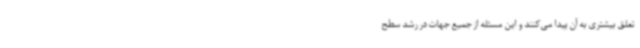
تعلق بیشتری به آن پیدا می‌کنند و این مسئله از جمیع جهات در رشد سطح